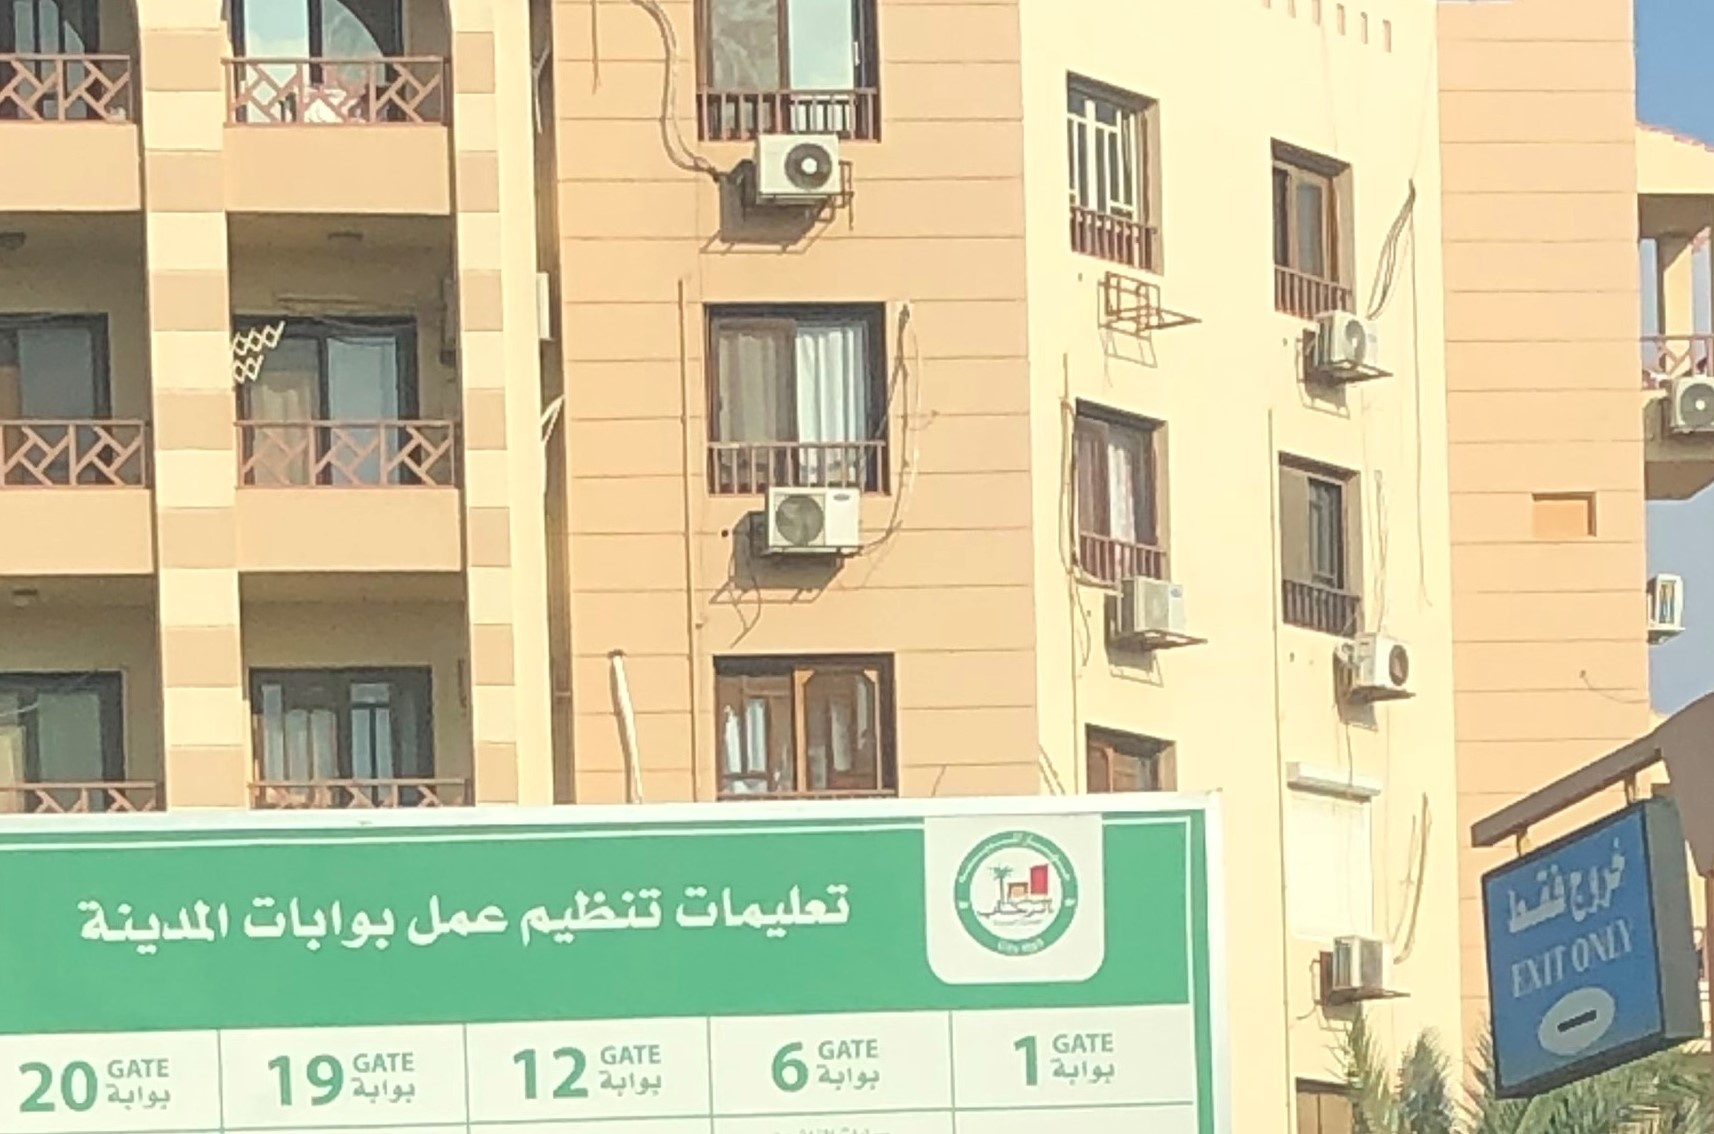
Text in image: خروج فقط تعليمات تنظيم عمل بوابات المدينة بوابة بوابة بوابة بوابة بوابة ONLY EXIT GATE GATE GATE GATE 1 GATE 6 12 19 20